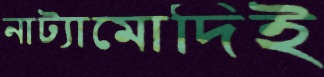
নাট্যামোদিই